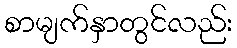
စာမျက်နှာတွင်လည်း